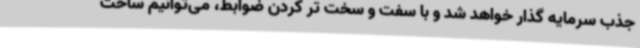
جذب سرمایه گذار خواهد شد و با سفت و سخت تر کردن ضوابط، می‌توانیم ساخت